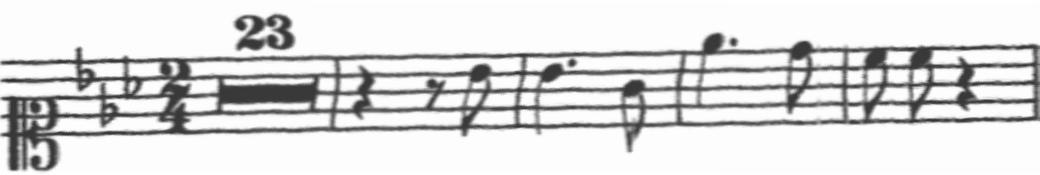
Transcription: clef-C1 keySignature-EbM timeSignature-2/4 multirest-23 barline rest-quarter rest-eighth note-Bb4_eighth barline note-Bb4_quarter. note-G4_eighth barline note-Eb5_quarter. note-D5_eighth barline note-C5_eighth note-C5_eighth rest-quarter barline